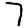
Digit: 7